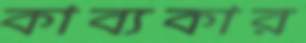
কাব্যকার